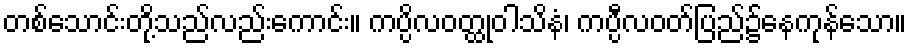
တစ်သောင်းတို့သည်လည်းကောင်း။ ကပ္ပိလဝတ္ထုဝါသိနံ၊ ကပ္ပီလဝတ်ပြည်၌နေကုန်သော။